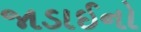
જાડાઈનો